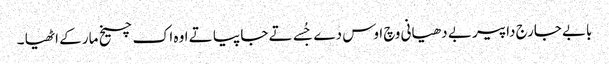
بابے جارج داپیر بے دھیانی وچ اوس دے جُسے تے جا پیا تے اوہ اک چیخ مار کے اٹھیا ۔